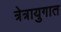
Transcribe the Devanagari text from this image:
त्रेत्रायुगात